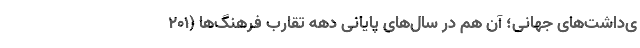
ی‌داشت‌های جهانی؛ آن هم در سال‌های پایانی دهه تقارب فرهنگ‌ها (۲۰۱